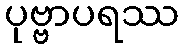
ပုဗ္ဗာပရဿ